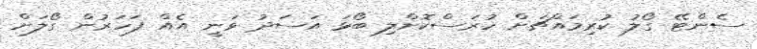
ސެންޓޭ ގޯލު ކުރިމައްޗަށް ހުރަސްކޮށްލި ބޯޅަ އަސަދު ވަނީ އެއް ފަހަރުން ގޯލަށް